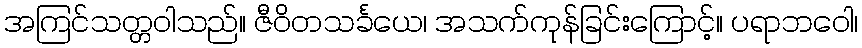
အကြင်သတ္တဝါသည်။ ဇီဝိတသင်္ခယေ၊ အသက်ကုန်ခြင်းကြောင့်။ ပရာဘဝေါ၊